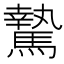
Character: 騺